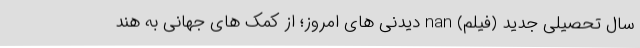
سال تحصیلی جدید (فیلم) nan دیدنی های امروز؛ از کمک های جهانی به هند